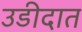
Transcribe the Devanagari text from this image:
उडीदात